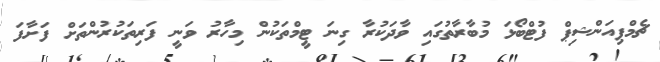
ޗެމްޕިއަންޝިޕް ފުޓްބޯޅަ މުބާރާތުގައި ވާދަކުރާ ގިނަ ޓީމްތަކުން މިހާރު ވަނީ ފަރިތަކުރުންތަށް ފަށާފަ